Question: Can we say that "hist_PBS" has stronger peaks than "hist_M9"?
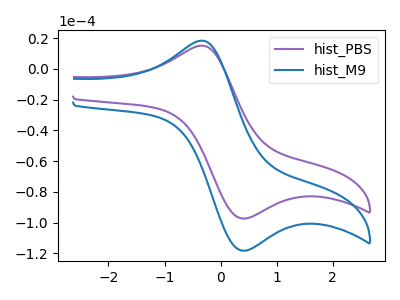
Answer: <think>The purple curve "hist_PBS" has an anodic peak at (-0.35V, 15.05uA) and a cathodic peak at (0.40V, -97.25uA). The blue curve "hist_M9" has an anodic peak at (-0.35V, 18.25uA) and a cathodic peak at (0.40V, -118.15uA).</think>
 <answer>Every peak in "hist_PBS" is lower than every peak in "hist_M9".</answer>
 <eval>lower</eval>